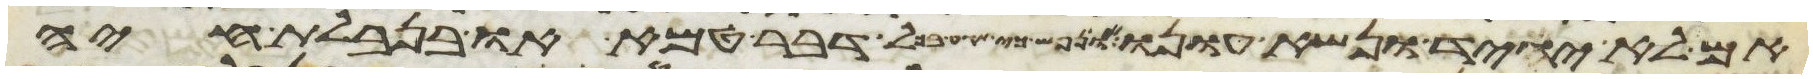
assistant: אם לא יגיד ונשא עונו או נפש כי תגע בכל דבר טמא או בנבלת חיה